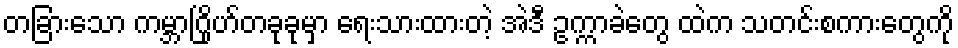
တခြားသော ကမ္ဘာဂြိုဟ်တခုခုမှာ ရေးသားထားတဲ့ အဲဒီ ဥက္ကာခဲတွေ ထဲက သတင်းစကားတွေကို